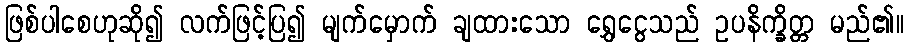
ဖြစ်ပါစေဟုဆို၍ လက်ဖြင့်ပြ၍ မျက်မှောက် ချထားသော ရွှေငွေသည် ဥပနိက္ခိတ္တ မည်၏။